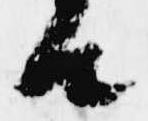
由